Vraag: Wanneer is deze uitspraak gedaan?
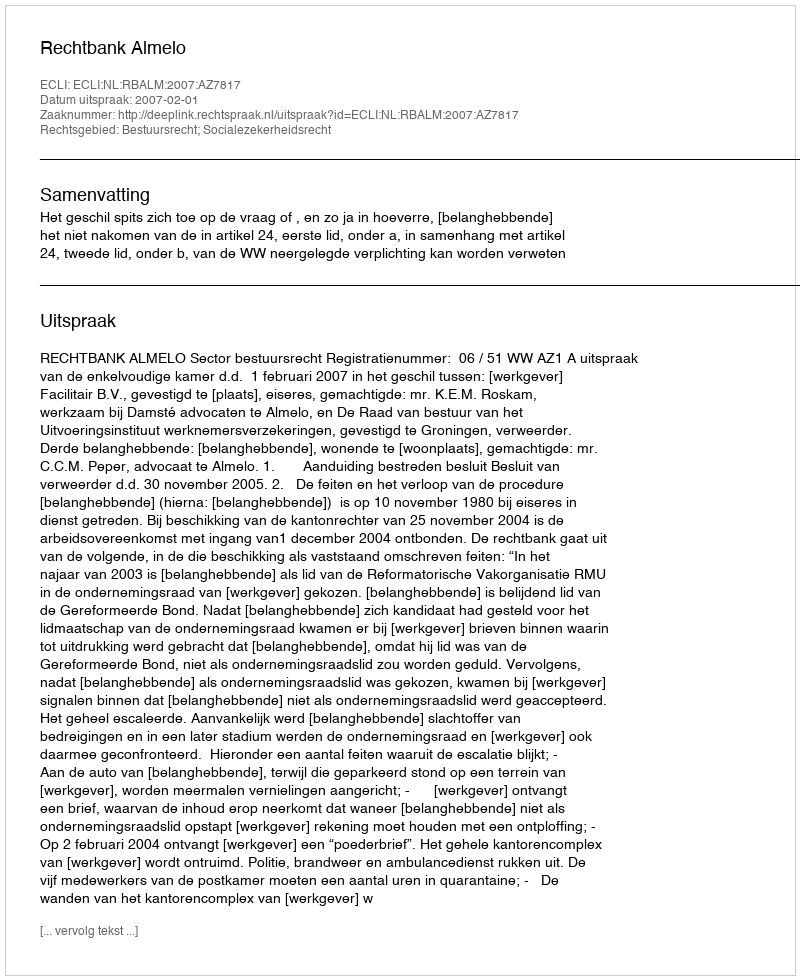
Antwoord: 2007-02-01